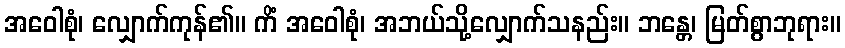
အဝေါစုံ၊ လျှောက်ကုန်၏။ ကိံ အဝေါစုံ၊ အဘယ်သို့လျှောက်သနည်း။ ဘန္တေ၊ မြတ်စွာဘုရား။